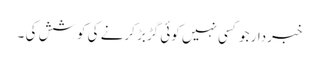
خبردار جو کسی نہیں کوئی گڑبڑ کرنے کی کوشش کی ۔